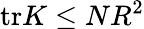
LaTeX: \mathrm{tr}K\le NR^{2}